Sketch of the medical history of the native army of Bombay, for the year
Year: 1876
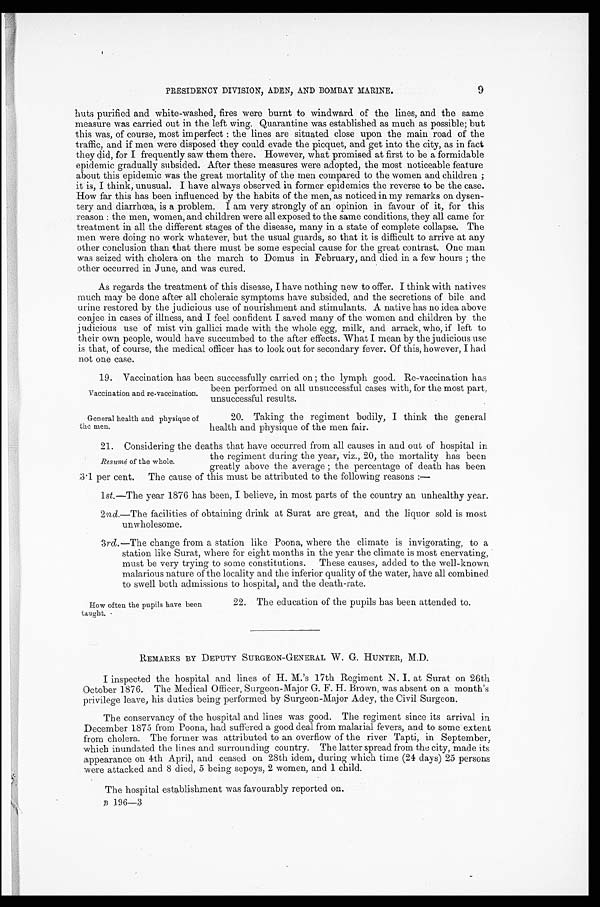
9
PRESIDENCY DIVISION, ADEN, AND BOMBAY MARINE.
huts purified and white-washed, fires were burnt to windward of the lines, and the same
measure was carried out in the left wing. Quarantine was established as much as possible; but
this was, of course, most imperfect : the lines are situated close upon the main road of the
traffic, and if men were disposed they could evade the picquet, and get into the city, as in fact
they did, for I frequently saw them there. However, what promised at first to be a formidable
epidemic gradually subsided. After these measures were adopted, the most noticeable feature
about this epidemic was the great mortality of the men compared to the women and children ;
it is, I think, unusual. I have always observed in former epidemics the reverse to be the case.
How far this has been influenced by the habits of the men, as noticed in my remarks on dysen-
tery and diarrhœa, is a problem. I am very strongly of an opinion in favour of it, for this
reason : the men, women, and children were all exposed to the same conditions, they all came for
treatment in all the different stages of the disease, many in a state of complete collapse. The
men were doing no work whatever, but the usual guards, so that it is difficult to arrive at any
other conclusion than that there must be some especial cause for the great contrast. One man
was seized with cholera on the march to Domus in February, and died in a few hours ; the
other occurred in June, and was cured.
As regards the treatment of this disease, I have nothing new to offer. I think with natives
much may be done after all choleraic symptoms have subsided, and the secretions of bile and
urine restored by the judicious use of nourishment and stimulants. A native has no idea above
conjee in cases of illness, and I feel confident I saved many of the women and children by the
judicious use of mist vin gallici made with the whole egg, milk, and arrack, who, if left to
their own people, would have succumbed to the after effects. What I mean by the judicious use
is that, of course, the medical officer has to look out for secondary fever. Of this, however, I had
not one case.
19. Vaccination has been successfully carried on ; the lymph good. Re-vaccination has
been performed on all unsuccessful cases with, for the most part,
unsuccessful results.
Vaccination and re-vaccination.
General health and physique of
the men.
20. Taking the regiment bodily, I think the general
health and physique of the men fair.
21. Considering the deaths that have occurred from all causes in and out of hospital in
Resumé of the whole.
the regiment during the year, viz., 20, the mortality has been
greatly above the average ; the percentage of death has been
3 . 1 per cent. The cause of this must be attributed to the following reasons :—
l st.—The year 1876 has been, I believe, in most parts of the country an unhealthy year.
2 nd.—The facilities of obtaining drink at Surat are great, and the liquor sold is most
unwholesome.
3rd .—The change from a station like Poona, where the climate is invigorating, to a
station like Surat, where for eight months in the year the climate is most enervating,
must be very trying to some constitutions. These causes, added to the well-known
malarious nature of the locality and the inferior quality of the water, have all combined
to swell both admissions to hospital, and the death-rate.
How often the pupils have been
taught.
22. The education of the pupils has been attended to.
REMARKS BY DEPUTY SURGEON-GENERAL W. G. HUNTER, M.D.
I inspected the hospital and lines of H. M.'s 17th Regiment N. I. at Surat on 26th
October 1876. The Medical Officer, Surgeon-Major G. F. H. Brown, was absent on a month's
privilege leave, his duties being performed by Surgeon-Major Adey, the Civil Surgeon.
The conservancy of the hospital and lines was good. The regiment since its arrival in
December 1875 from Poona, had suffered a good deal from malarial fevers, and to some extent
from cholera. The former was attributed to an overflow of the river Tapti, in September,
which inundated the lines and surrounding country. The latter spread from the city, made its
appearance on 4th April, and ceased on 28th idem, during which time (24 days) 25 persons
were attacked and 8 died, 5 being sepoys, 2 women, and 1 child.
The hospital establishment was favourably reported on.
B 1 9 6 — 3